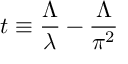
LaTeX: t \equiv \frac { \Lambda } { \lambda } - \frac { \Lambda } { \pi ^ { 2 } }